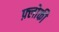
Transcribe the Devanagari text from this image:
फ़्लोकी